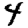
Digit: 4